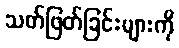
သတ်ဖြတ်ခြင်းများကို